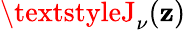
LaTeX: \textstyleJ_{\nu}(\mathbf{z})